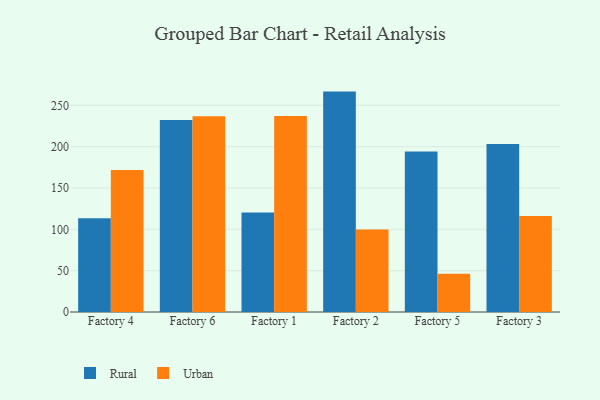
{"axis": {"x": "Factory", "y": "Gross Profit (USD K)"}, "legend": ["Rural", "Urban"], "data": [{"x": "Factory 4", "y": 113.5, "type": "Rural"}, {"x": "Factory 4", "y": 171.9, "type": "Urban"}, {"x": "Factory 6", "y": 232.2, "type": "Rural"}, {"x": "Factory 6", "y": 236.8, "type": "Urban"}, {"x": "Factory 1", "y": 120.4, "type": "Rural"}, {"x": "Factory 1", "y": 237.0, "type": "Urban"}, {"x": "Factory 2", "y": 266.6, "type": "Rural"}, {"x": "Factory 2", "y": 99.9, "type": "Urban"}, {"x": "Factory 5", "y": 194.2, "type": "Rural"}, {"x": "Factory 5", "y": 46.2, "type": "Urban"}, {"x": "Factory 3", "y": 203.1, "type": "Rural"}, {"x": "Factory 3", "y": 116.0, "type": "Urban"}]}